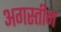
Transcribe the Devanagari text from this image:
अगस्तीन